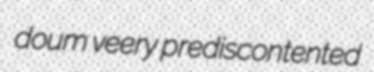
doum veery prediscontented